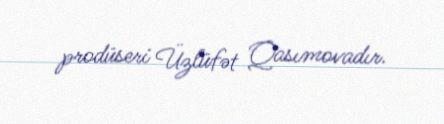
prodüseri Üzlüfət Qasımovadır.